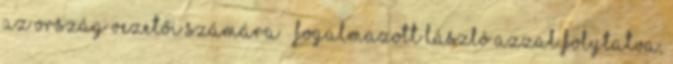
az ország vezetői számára – fogalmazott László azzal folytatva,